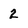
Character: 2